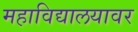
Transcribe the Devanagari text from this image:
महाविद्यालयावर